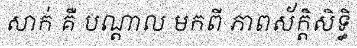
សាក់ គឺ បណ្តាល មកពី ភាពស័ក្តិសិទ្ធិ